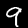
Label: 9